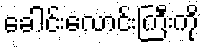
ခေါင်းလောင်းကြီးကို